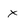
Character: x